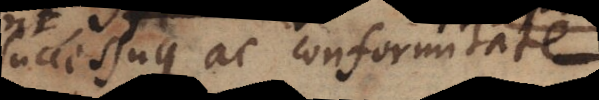
successuque ac conformitate